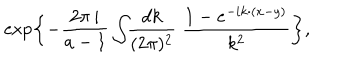
LaTeX: \exp \left\{ - \frac { 2 \pi \, i } { a - 1 } \int \! \! \frac { d k } { ( 2 \pi ) ^ { 2 } } \; \frac { 1 - e ^ { - i k { \cdotp } ( x - y ) } } { k ^ { 2 } } \right\} ,